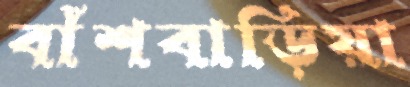
বাঁশবাড়িয়া